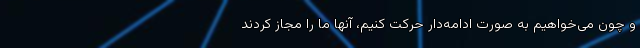
و چون می‌خواهیم به صورت ادامه‌دار حرکت کنیم، آنها ما را مجاز کردند